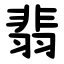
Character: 翡